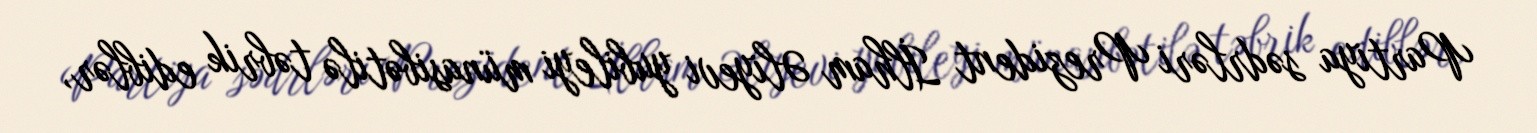
Partiya sədrləri Prezident İlham Əliyevi yubileyi münasibətilə təbrik ediblər,